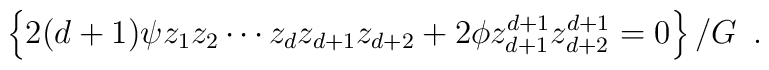
{\left\{{2(d+1)\psi {z_1}{z_2}\cdots {z_d}{z_{d+1}}{z_{d+2}}+2 \phi{z^{d+1}_{d+1}}{z^{d+1}_{d+2}}=0}\right\}/G}\,\,\,.